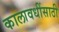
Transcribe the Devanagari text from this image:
कालावधींसाठी